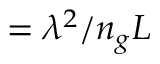
= \lambda ^ { 2 } / n _ { g } L